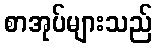
စာအုပ်များသည်